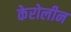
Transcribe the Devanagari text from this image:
केरोलीन